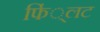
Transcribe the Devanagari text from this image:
फिं्लट